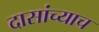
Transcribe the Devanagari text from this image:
दासांच्याच